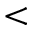
<